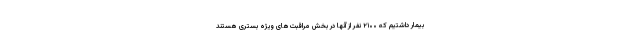
بیمار داشتیم که ۲۱۰۰ نفر از آنها در بخش مراقبت‌های ویژه بستری هستند